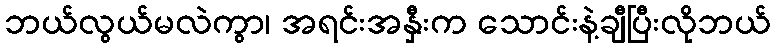
ဘယ်လွယ်မလဲကွာ၊ အရင်းအနှီးက သောင်းနဲ့ချီပြီးလိုဘယ်